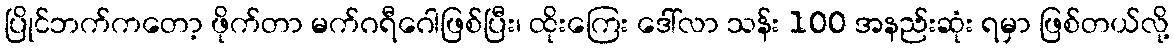
ပြိုင်ဘက်ကတော့ ဖိုက်တာ မက်ဂရီဂေါဖြစ်ပြီး၊ ထိုးကြေး ဒေါ်လာ သန်း 100 အနည်းဆုံး ရမှာ ဖြစ်တယ်လို့